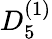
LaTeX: {D}_{5}^{(1)}